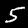
Digit: 5